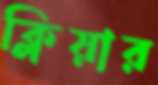
ক্লিয়ার